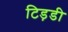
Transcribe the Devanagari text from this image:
टिड़डी